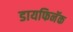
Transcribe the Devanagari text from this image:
डायफिनॅक